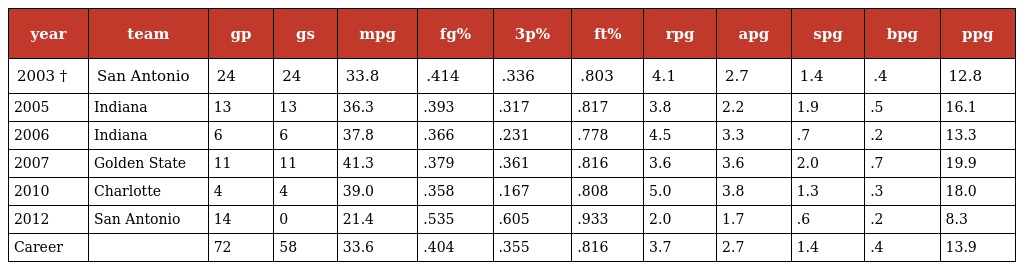
| year | team | gp | gs | mpg | fg% | 3p% | ft% | rpg | apg | spg | bpg | ppg |
 | --- | --- | --- | --- | --- | --- | --- | --- | --- | --- | --- | --- | --- |
 | 2003 † | San Antonio | 24 | 24 | 33.8 | .414 | .336 | .803 | 4.1 | 2.7 | 1.4 | .4 | 12.8 |
 | 2005 | Indiana | 13 | 13 | 36.3 | .393 | .317 | .817 | 3.8 | 2.2 | 1.9 | .5 | 16.1 |
 | 2006 | Indiana | 6 | 6 | 37.8 | .366 | .231 | .778 | 4.5 | 3.3 | .7 | .2 | 13.3 |
 | 2007 | Golden State | 11 | 11 | 41.3 | .379 | .361 | .816 | 3.6 | 3.6 | 2.0 | .7 | 19.9 |
 | 2010 | Charlotte | 4 | 4 | 39.0 | .358 | .167 | .808 | 5.0 | 3.8 | 1.3 | .3 | 18.0 |
 | 2012 | San Antonio | 14 | 0 | 21.4 | .535 | .605 | .933 | 2.0 | 1.7 | .6 | .2 | 8.3 |
 | Career |  | 72 | 58 | 33.6 | .404 | .355 | .816 | 3.7 | 2.7 | 1.4 | .4 | 13.9 |